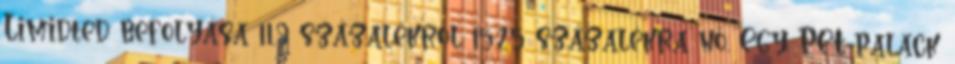
Limidted befolyása 11,9 százalékról 15,25 százalékra nő. Egy PET-palack